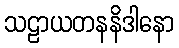
သဠာယတနနိဒါနော